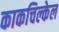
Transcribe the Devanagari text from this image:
काकचिल्केल